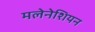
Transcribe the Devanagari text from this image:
मलेनेशियन